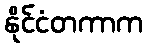
နိုင်ငံတကာက